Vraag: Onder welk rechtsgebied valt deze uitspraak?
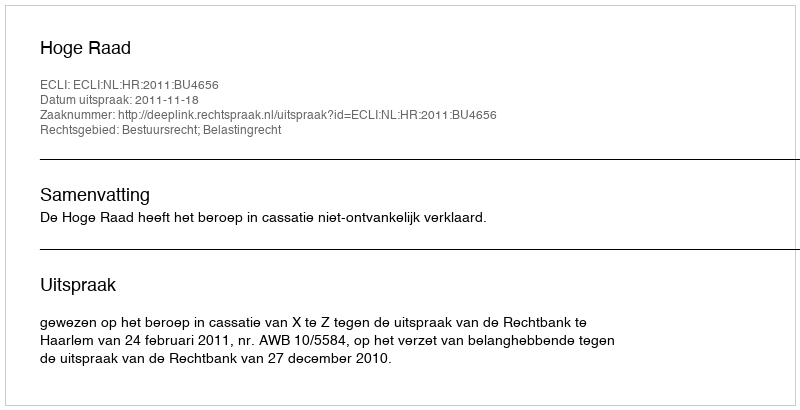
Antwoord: Bestuursrecht; Belastingrecht